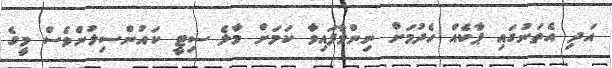
އަދި އެތަނުގައި ޕާކެއް ހެދުމަށް ނިންމާފައިވާ ކަމަށް މާލެ ސިޓީ ކައުންސިލުންވެސް މީގެ